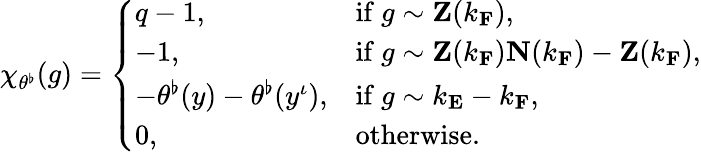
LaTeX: \chi_{\theta^{\flat}}(g)=\left\{ \begin{array}{ll}{q-1,}&{\mathrm{if~}g\sim\mathbf{Z}(k_{\mathbf{F}}),}\\ {-1,}&{\mathrm{if~}g\sim\mathbf{Z}(k_{\mathbf{F}})\mathbf{N}(k_{\mathbf{F}})-\mathbf{Z}(k_{\mathbf{F}}),}\\ {-\theta^{\flat}(y)-\theta^{\flat}(y^{\iota}),}&{\mathrm{if~}g\sim k_{\mathbf{E}}-k_{\mathbf{F}},}\\ {0,}&{\mathrm{otherwise}.}\end{array}\right.